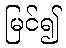
မြင်၍